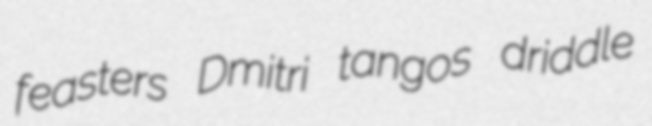
feasters Dmitri tangos driddle